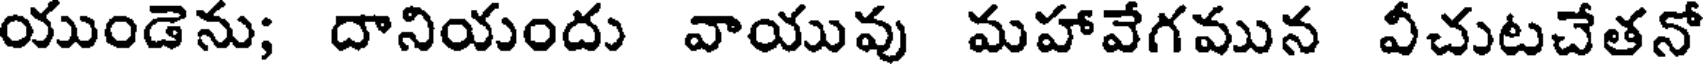
యుండెను; దానియందు వాయువు మహావేగమున వీచుటచేతనో